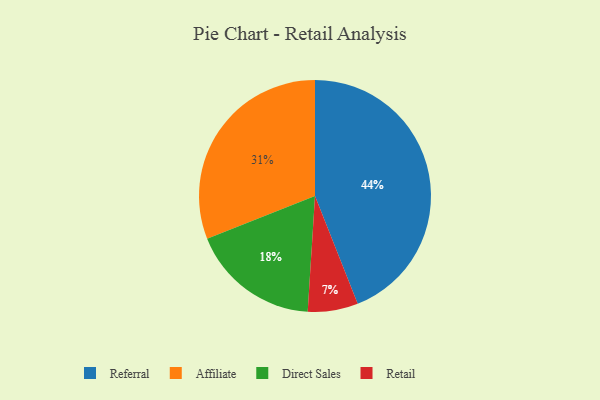
{"axis": {"x": "Category", "y": "Percentage"}, "legend": ["Affiliate", "Direct Sales", "Referral", "Retail"], "data": [{"x": "Affiliate", "y": 31, "type": "Affiliate"}, {"x": "Retail", "y": 7, "type": "Retail"}, {"x": "Referral", "y": 44, "type": "Referral"}, {"x": "Direct Sales", "y": 18, "type": "Direct Sales"}]}